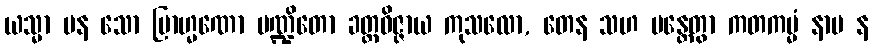
ယသ္မာ ပန သော ဗြာဟ္မဏော ပဏ္ဍိတော ခတ္တဝိဇ္ဇာယ ကုသလော, တေန သဟ မန္တေတွာ ကတကမ္မံ နာမ န